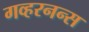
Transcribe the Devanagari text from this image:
गव्हरनन्स